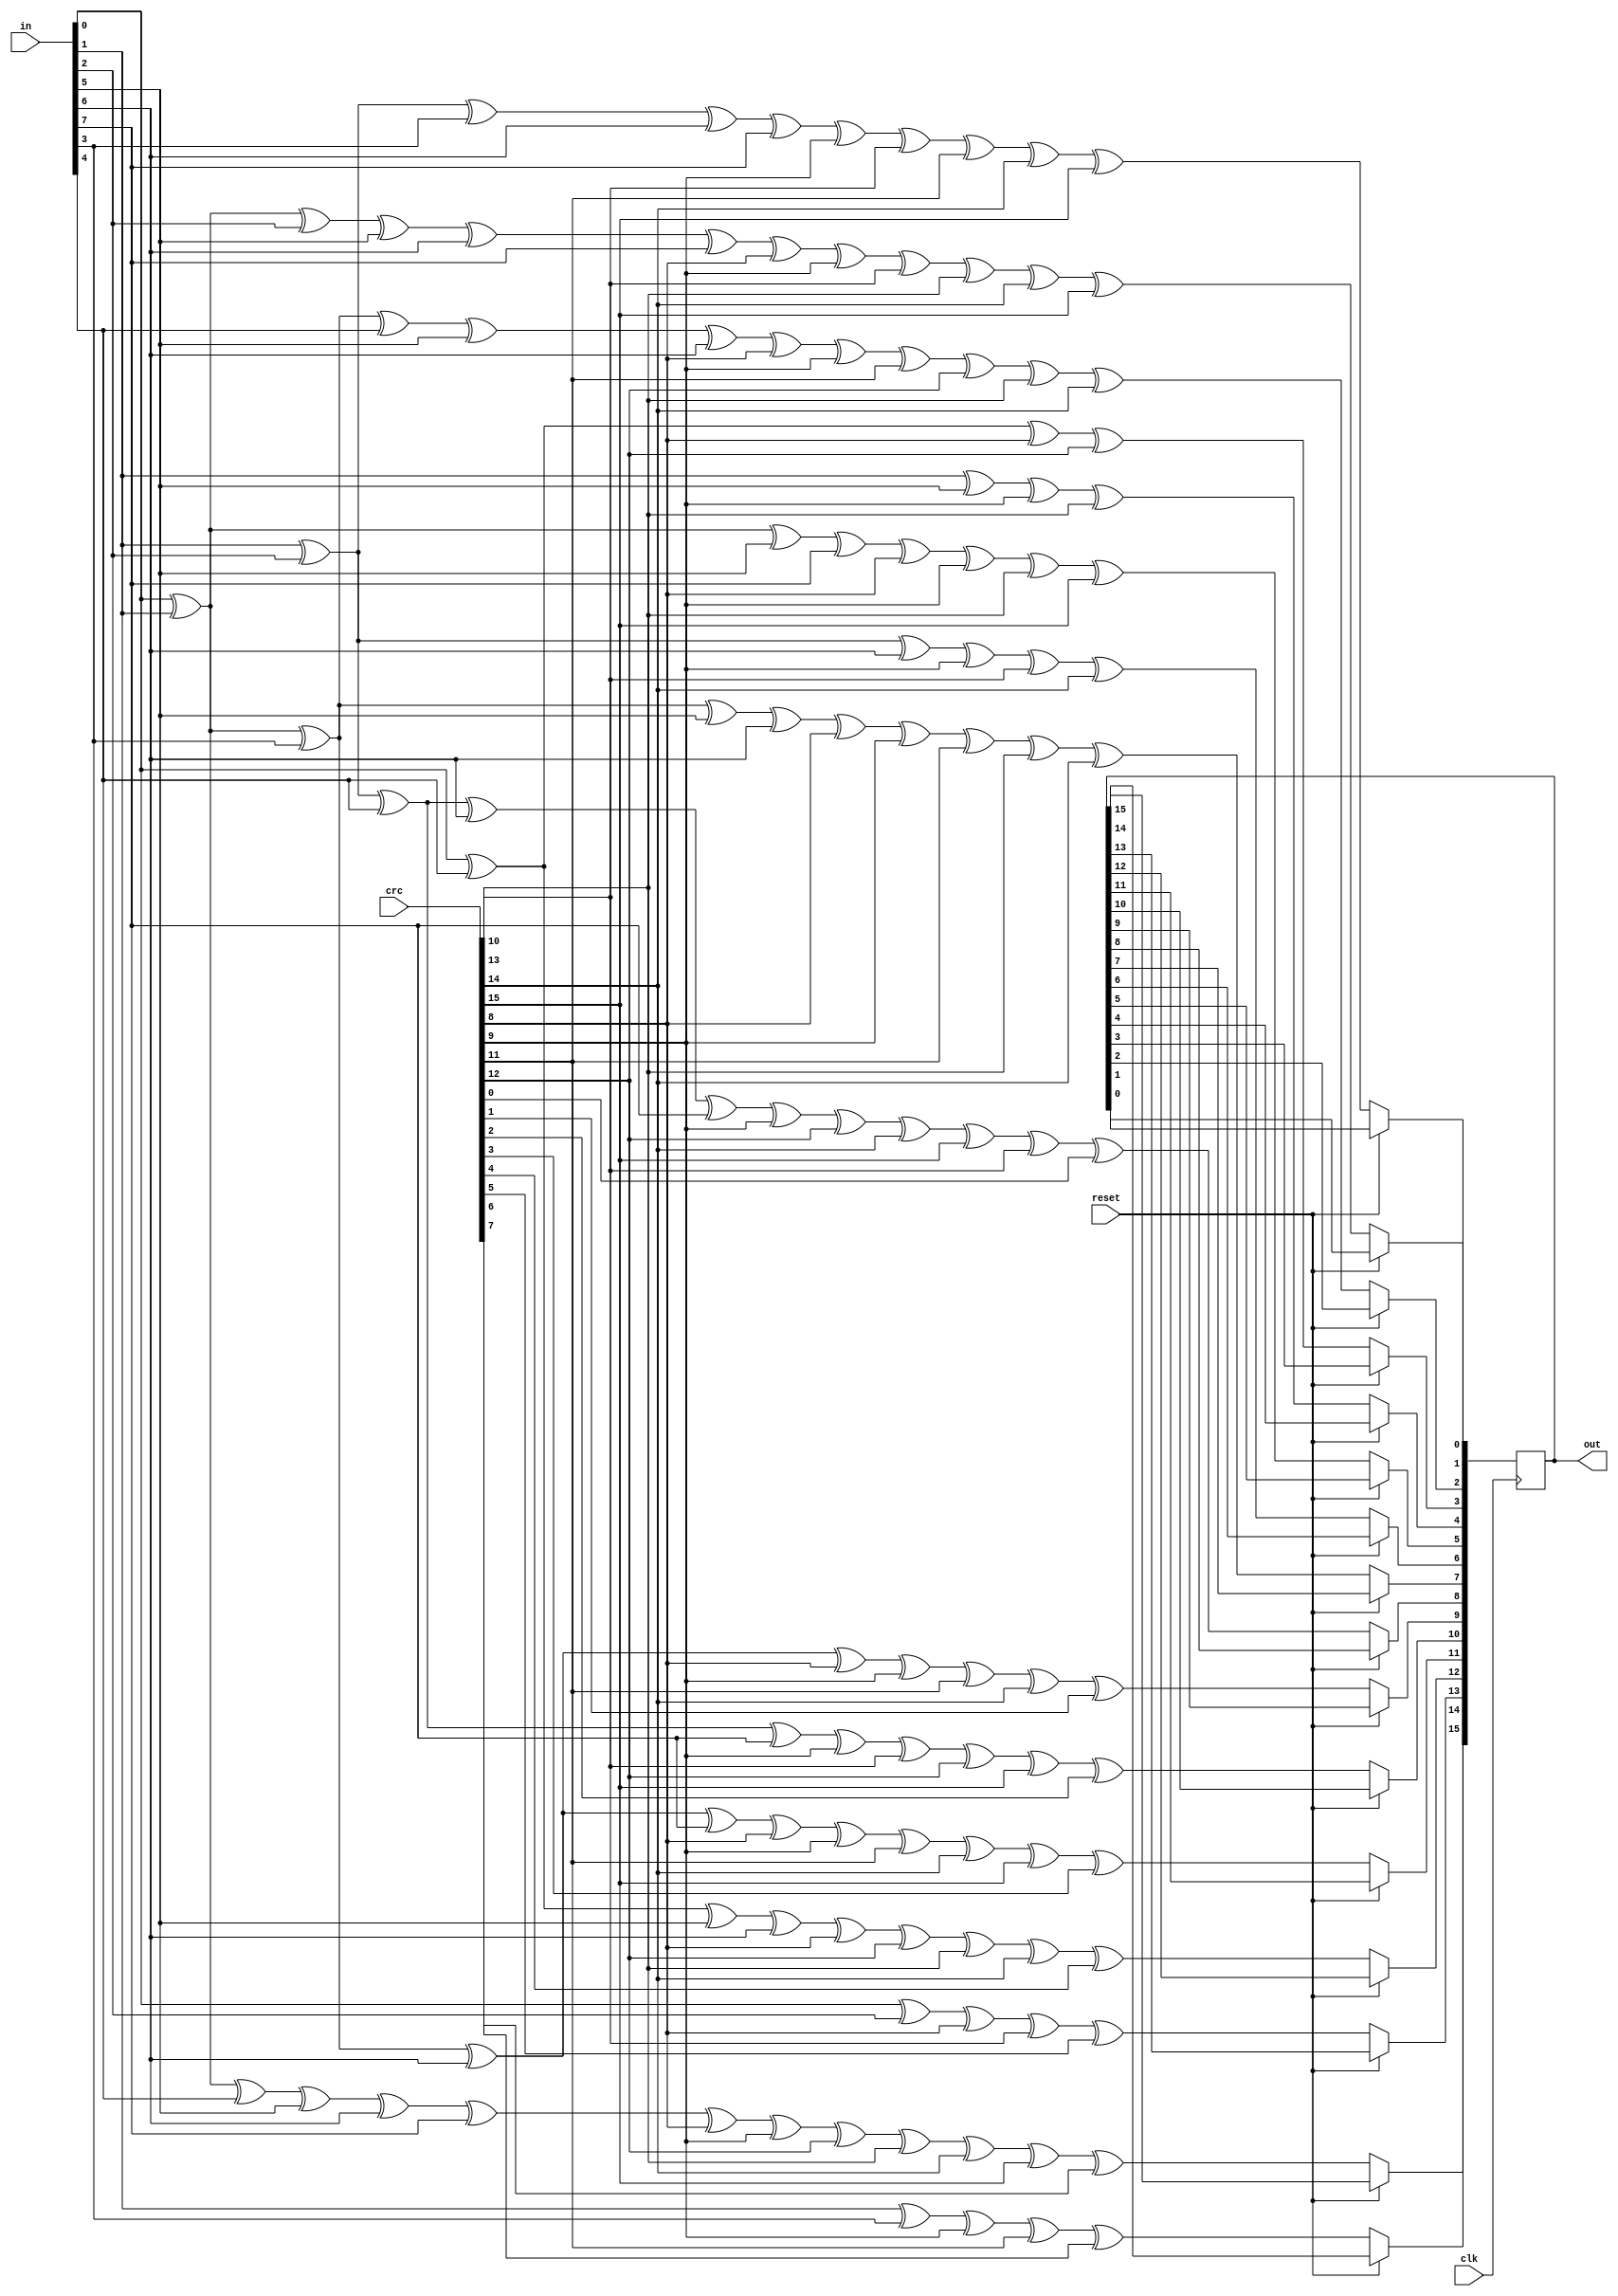
`timescale 1ns / 1ps
//////////////////////////////////////////////////////////////////////////////////
// Company: 
// Engineer: 
// 
// Design Name: 
// Module Name:    parallel_compute 
// Project Name: 
// Target Devices: 
// Tool versions: 
// Description: 
//
// Dependencies: 
//
// Revision: 
// Revision 0.01 - File Created
// Additional Comments: 
//
//////////////////////////////////////////////////////////////////////////////////
module parallel_compute(clk, reset, in, crc, out);
input clk,reset;
input [7:0]in;
input [15:0]crc;
output reg [15:0]out;


always @(posedge clk)
   begin
	    if( reset == 0)
		   begin
   		         out[0] <= in[0]^in[1]^in[2]^in[5]^in[6]^in[7]^crc[8]^crc[9]^crc[10]^crc[13]^crc[14]^crc[15];
	                 out[1] <= in[1]^in[2]^in[3]^in[6]^in[7]^crc[9]^crc[10]^crc[11]^crc[14]^crc[15];
                         out[2] <= in[0]^in[1]^in[3]^in[4]^in[5]^in[6]^crc[8]^crc[9]^crc[11]^crc[12]^crc[13]^crc[14];
                         out[3] <= in[0]^in[4]^crc[8]^crc[12];
			 out[4] <= in[1]^in[5]^crc[9]^crc[13];
			 out[5] <= in[0]^in[1]^in[5]^in[7]^crc[8]^crc[9]^crc[13]^crc[15];
			 out[6] <= in[1]^in[2]^in[6]^crc[9]^crc[10]^crc[14];
			 out[7] <= in[0]^in[1]^in[3]^in[5]^in[6]^crc[8]^crc[9]^crc[11]^crc[13]^crc[14];
			 out[8] <= in[1]^in[2]^in[4]^in[6]^in[7]^crc[9]^crc[12]^crc[14]^crc[15]^crc[10]^crc[0];
			 out[9] <= in[0]^in[1]^in[3]^in[6]^crc[8]^crc[9]^crc[11]^crc[14]^crc[1];
			 out[10] <= in[1]^in[2]^in[4]^in[7]^crc[9]^crc[10]^crc[12]^crc[15]^crc[2];
			 out[11] <= in[0]^in[1]^in[3]^in[6]^in[7]^crc[8]^crc[9]^crc[11]^crc[14]^crc[15]^crc[3];
			 out[12] <= in[0]^in[4]^in[5]^in[6]^crc[8]^crc[12]^crc[13]^crc[14]^crc[4];
			 out[13] <= in[0]^in[2]^crc[8]^crc[10]^crc[5];
			 out[14] <= in[1]^in[3]^crc[9]^crc[11]^crc[6];
			 out[15] <= in[0]^in[1]^in[4]^in[5]^in[6]^in[7]^crc[8]^crc[9]^crc[12]^crc[13]^crc[14]^crc[15]^crc[7];	 
		  end
	end 

endmodule